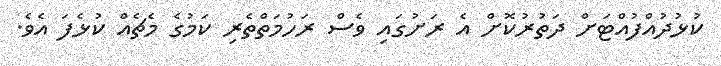
ކުޅުދުއްފުއްޓަށް ދަތުރުކޮށް އެ ރަށުގައި ވެސް ރަހުމަތްތެރި ކަމުގެ މެޗެއް ކުޅެފަ އެވެ.